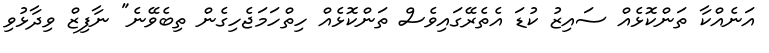
އަނެއްކާ ތަންކޮޅެއް ސައިޒު ކުޑަ އެތެރޭގައިވެސް ތަންކޮޅެއް ހިތްހަމަޖެހިގެން ތިބެވޭނެ" ނާފިޒް ވިދާޅުވި